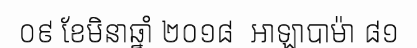
០៩ ខែមិនាឆ្នាំ ២០១៨  អាឡាបាម៉ា ៨១